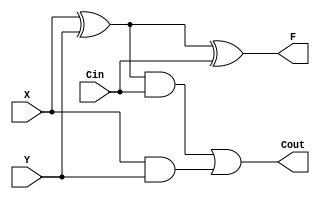
`timescale 1ns / 1ps
//////////////////////////////////////////////////////////////////////////////////
//////////////////////////////////////////////////////////////////////////////////

//
module adder(X,Y,Cin,F,Cout);

  input X,Y,Cin;
  output F,Cout;
  
  assign F = X ^ Y ^ Cin;
  assign Cout = (X ^ Y) & Cin | X & Y;
endmodule